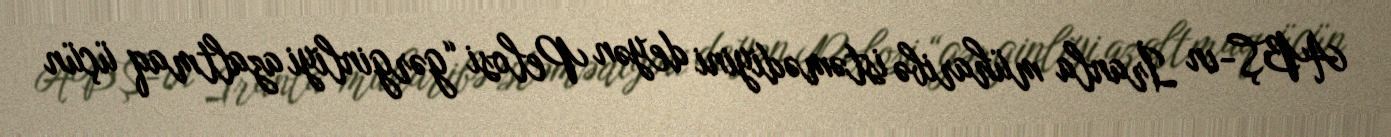
ABŞ-ın İranla müharibə istəmədiyini deyən Pelosi “gərginliyi azaltmaq üçün